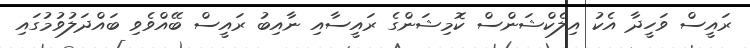
ރައީސް ވަހީދާ އެކު އިލެކްޝަންސް ކޮމިޝަންގެ ރައީސާއި ނާއިބު ރައީސް ބޭއްވެވި ބައްދަލުވުމުގައި